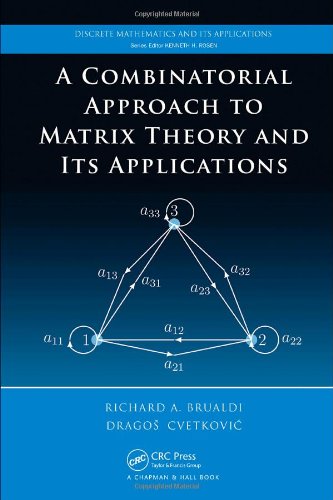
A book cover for A Combinatorial Approach  to Matrix Theory and Its Applications (Discrete Mathematics and Its Applications); Richard A. Brualdi; Science & Math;